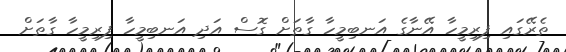
ތެރޭގައި ފިރިމީހާ އޭނާގެ އަނބިމީހާ ގާތަށް ގޮސް އަދި އަނބިމީހާ ފިރިމީހާ ގާތަށް